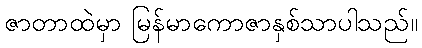
ဇာတာထဲမှာ မြန်မာကောဇာနှစ်သာပါသည်။